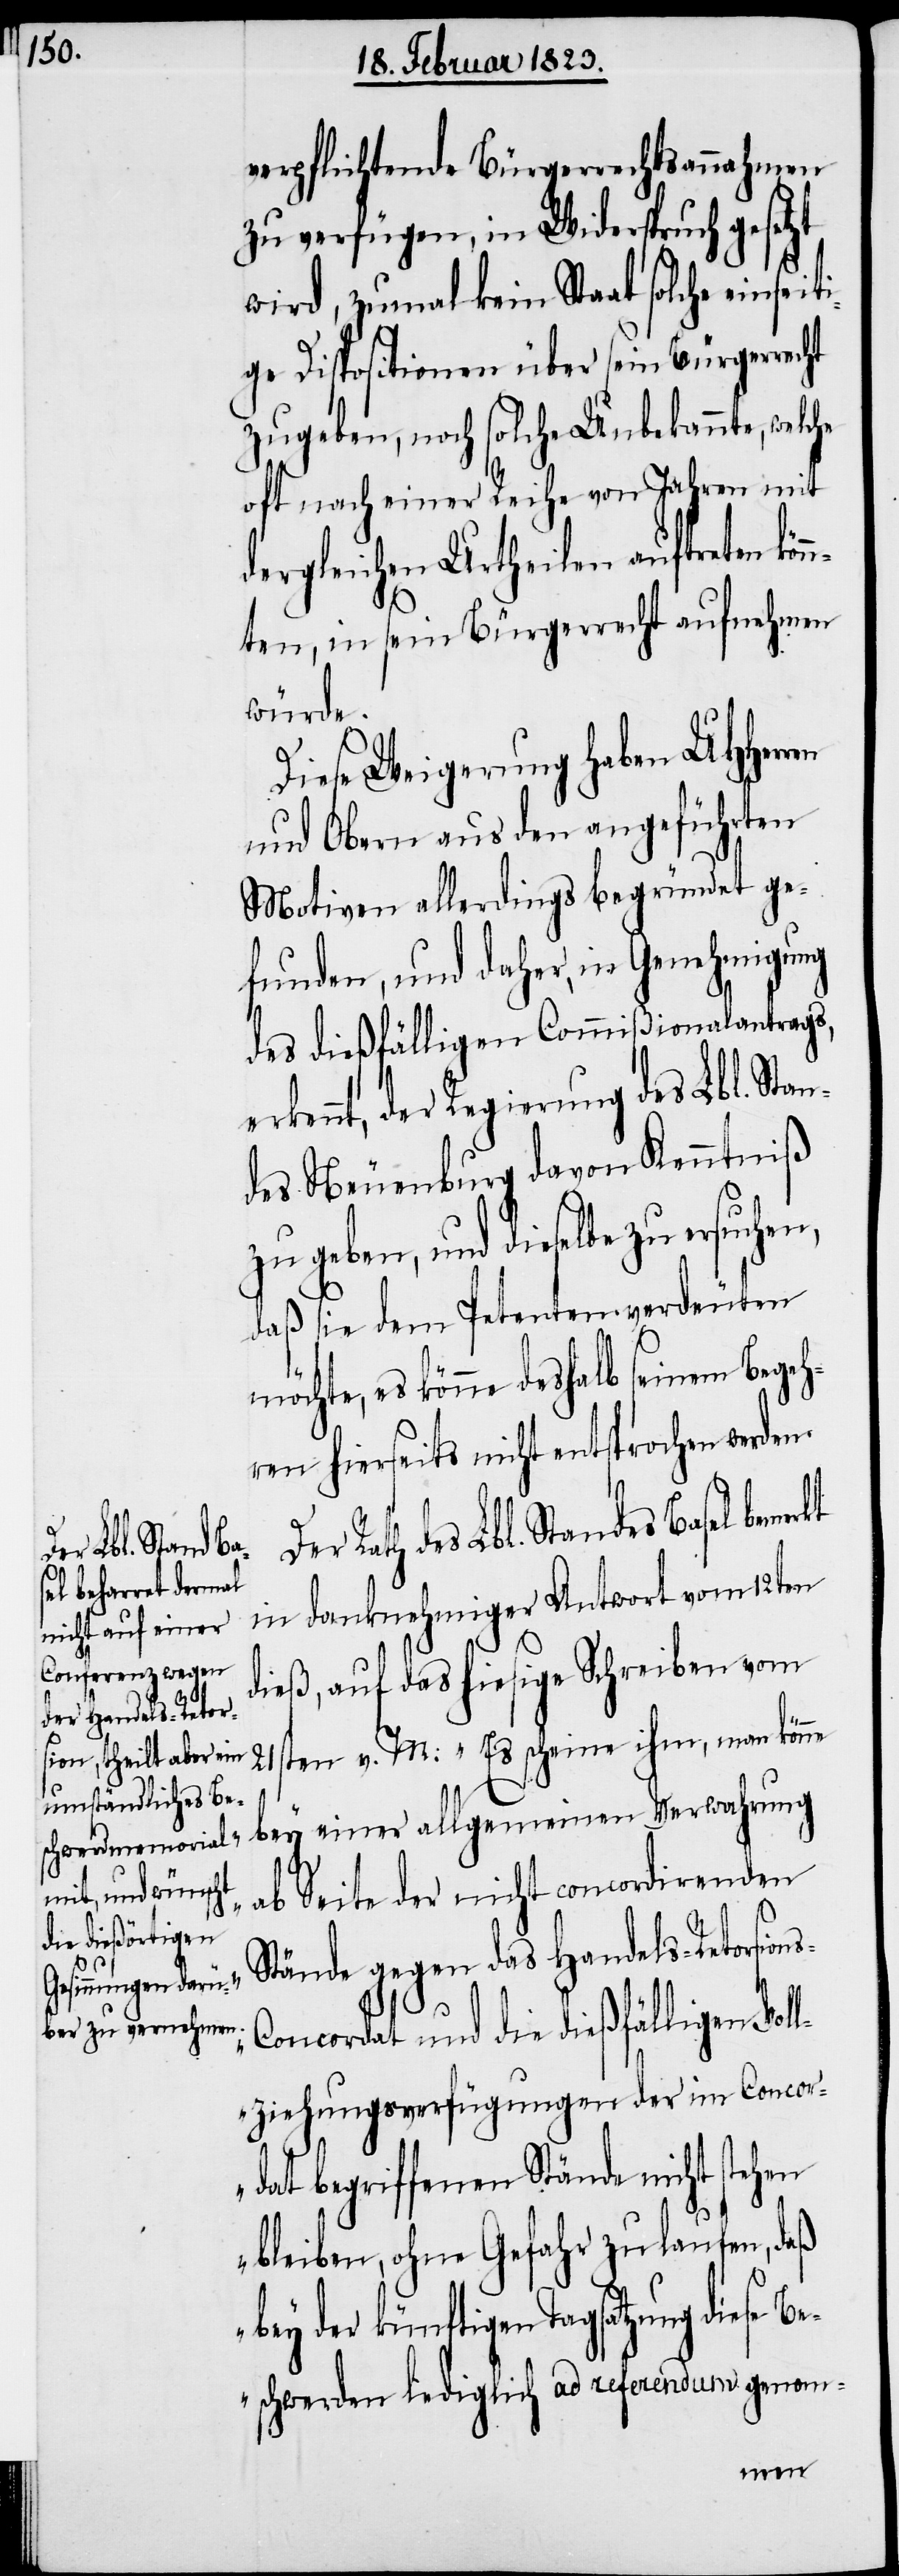
verpflichtende Bürgerrechtsannahmen
zu verfügen, in Widerspruch gesetzt
wird, zumal kein Staat solche einseit¬
ige Dispositionen über sein Bürgerrecht
zugeben, noch solche Unbekannte, welche
oft nach einer Reihe von Jahren mit
dergleichen Urtheilen auftreten kön¬
nten, in sein Bürgerrecht aufnehmen
würde.
Diese Weigerung haben UHHerren
und Obern aus den angeführten
Motiven allerdings begründet ge¬
funden, und daher, in Genehmigung
des dießfälligen Commißionalantrags,
erkennt, der Regierung des Lbl. Stan¬
des Neuenburg davon Kenntniß
zu geben, und dieselbe zu ersuche¬
daß sie dem Petenten verdeuten
möchte, es könne deshalb seinem Bege¬
hren hierseits nicht entsprochen werden.
ns-C¬
des Lbl. Standes
in danknehmiger Antwort vom 12ten
dieß, auf das hiesige Schreiben vom
21sten v. M[.]: „Es scheine ihm, man könne
ab Seite der nicht concordirenden
Stände gegen das Handels-Retorsio¬
oncordat und die dießfälligen Vol¬
lziehungsverfügungen der im Concor¬
dat begriffenen Stände nicht stehen
bleiben, ohne Gefahr zu laufen, daß
bey der künftigen Tagsatzung diese Be¬
schwerden lediglich ad referendum genom-
einer